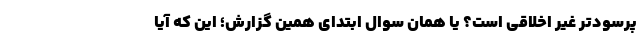
پرسودتر غیر اخلاقی است؟ یا همان سوال ابتدای همین گزارش؛ این‌ که آیا